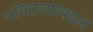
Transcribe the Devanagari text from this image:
भवितव्याबद्दल